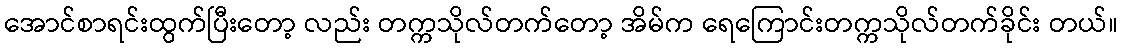
အောင်စာရင်းထွက်ပြီးတော့ လည်း တက္ကသိုလ်တက်တော့ အိမ်က ရေကြောင်းတက္ကသိုလ်တက်ခိုင်း တယ်။